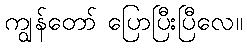
ကျွန်တော် ပြောပြီးပြီလေ။